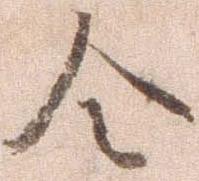
令